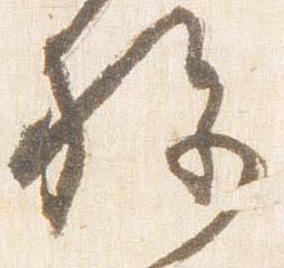
施